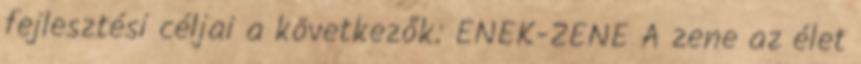
fejlesztési céljai a következők: ÉNEK-ZENE A zene az élet